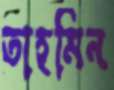
তাহমিন